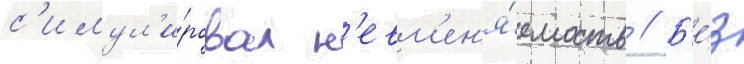
с'имул'и́ровал н'евм'ен'я́емость // Б'е́з